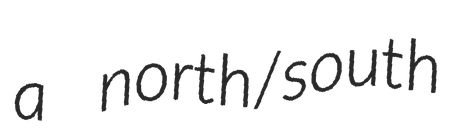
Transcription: a north/south